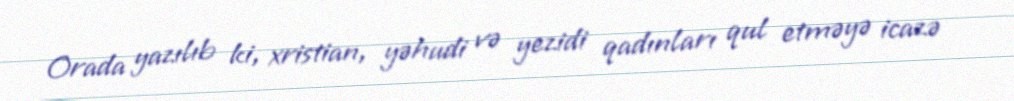
Orada yazılıb ki, xristian, yəhudi və yezidi qadınları qul etməyə icazə